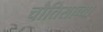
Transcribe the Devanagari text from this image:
चौतिसाव्या